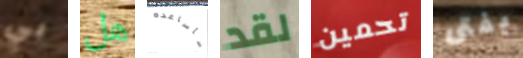
بي هل سأساعده لقد تحمين بفتى